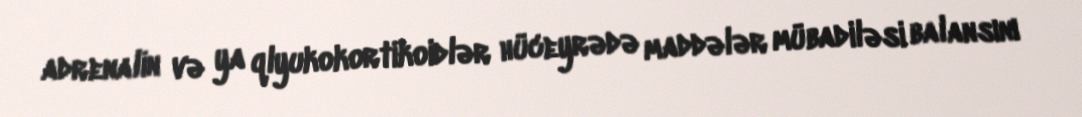
adrenalin və ya qlyukokortikoidlər hüceyrədə maddələr mübadiləsi balansını